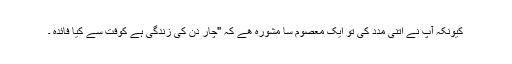
کیونکہ آپ نے اتنی مدد کی تو ایک معصوم سا مشورہ ھے کہ "چار دن کی زندگی ہے کوفت سے کیا فائدہ ۔